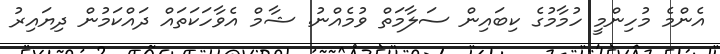
އެންމެ މުހިންމީ ހުމާމުގެ ކިބައިން ސަލާމަތް ވުމެއްނު. ޝާމް އެވާހަކަތައް ދައްކަމުން ދިޔައިރު